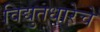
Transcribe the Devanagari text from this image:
विद्युतधारेचे